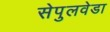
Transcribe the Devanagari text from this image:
सेपुलवेडा